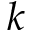
k